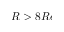
R > 8 R e